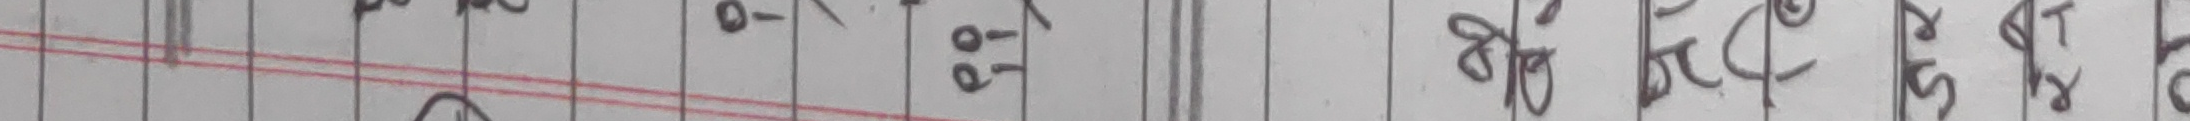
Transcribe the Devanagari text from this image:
००, ११
ओ-, ७१
७२, ६८, ५२, ४१, ३२, २१